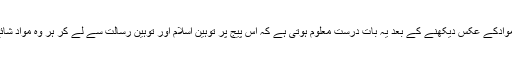
فیس بک اور ٹوئیٹر پر بھینسا ،پیج پر شائع ہونے والے سابقہ موادکے عکس دیکھنے کے بعد یہ بات درست معلوم ہوتی ہے کہ اس پیج پر توہین اسلام اور توہین رسالت سے لے کر ہر وہ مواد شائع کیا جا رہا تھاجس کا دوبارہ ذکر کرنا بھی مناسب نہیں ہے ۔